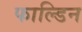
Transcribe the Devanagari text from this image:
फाल्डिन